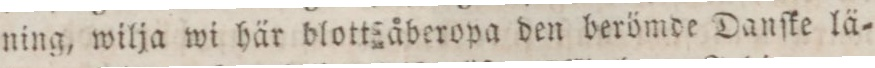
ning, wilja wi här blott åberopa den berömde Danſke lä=